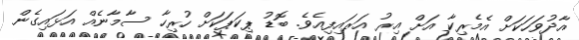
އާދުވަހަކަށް އެމެރިކާ އަށް އިރު އަރައިފިއެވެ. ބޮޑު ޕިކަޕަކަށް ހުރިހާ ސާމާނެއް އަޅައިގެން